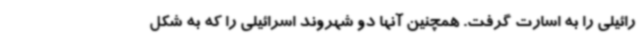
رائیلی را به اسارت گرفت. همچنین آنها دو شهروند اسرائیلی را که به شکل